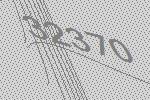
32370